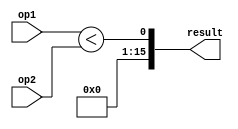
module unsignedLessThen_16bit(
    op1,
    op2,
    result
);

input[15:0] op1,op2;
output[15:0] result;

assign result[0] = op1 < op2;
assign result[15:1] = {15{1'b0}};
endmodule // unsignedLessThen_16bit